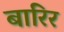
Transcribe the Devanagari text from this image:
बारिर